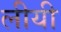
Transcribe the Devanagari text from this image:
लीयी